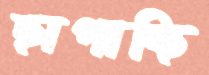
ছাপাচ্ছি